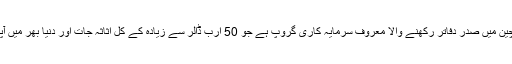
فوسن شنگھائی، چین میں صدر دفاتر رکھنے والا معروف سرمایہ کاری گروپ ہے جو 50 ارب ڈالر سے زیادہ کے کل اثاثہ جات اور دنیا بھر میں آپریشنز رکھتا ہے۔